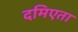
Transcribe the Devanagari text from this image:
दमिएता